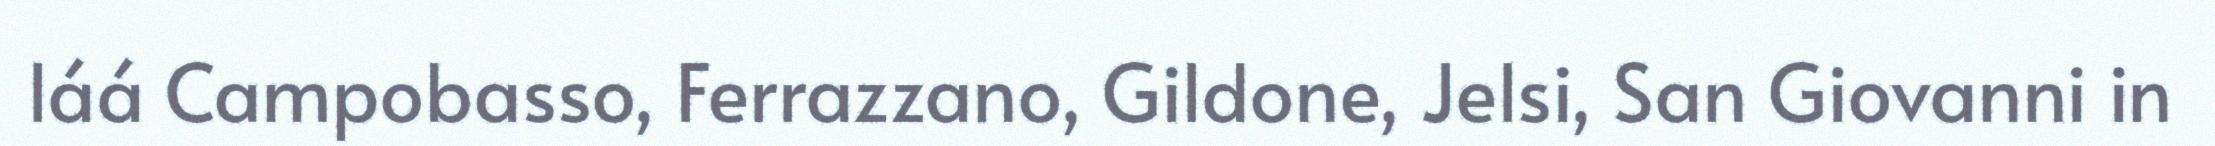
láá Campobasso, Ferrazzano, Gildone, Jelsi, San Giovanni in